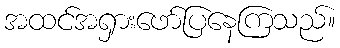
အထင်အရှားဖော်ပြနေကြသည်။